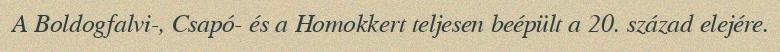
A Boldogfalvi-, Csapó- és a Homokkert teljesen beépült a 20. század elejére.